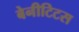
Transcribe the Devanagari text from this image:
बेनीटिटस